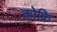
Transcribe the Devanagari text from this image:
कोकि